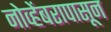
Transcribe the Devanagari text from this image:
नोव्हेंबरापासून